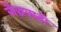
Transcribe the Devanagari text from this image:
बौद्धवाडी